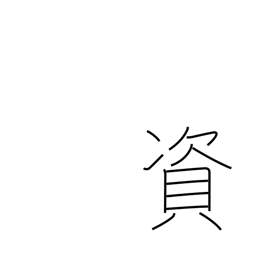
Meaning: be conducive to